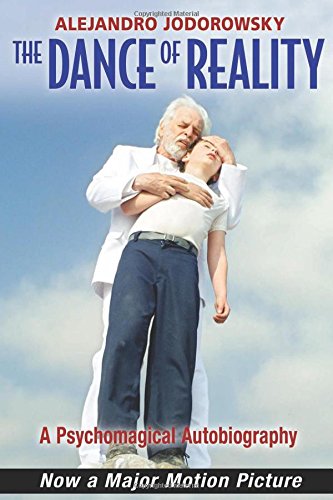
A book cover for The Dance of Reality: A Psychomagical Autobiography; Alejandro Jodorowsky; Biographies & Memoirs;